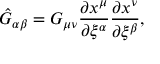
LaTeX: \hat { G } _ { \alpha \beta } = G _ { \mu \nu } { \frac { \partial x ^ { \mu } } { \partial \xi ^ { \alpha } } } { \frac { \partial x ^ { \nu } } { \partial \xi ^ { \beta } } } ,